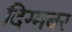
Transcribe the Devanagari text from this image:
दिग्मबर